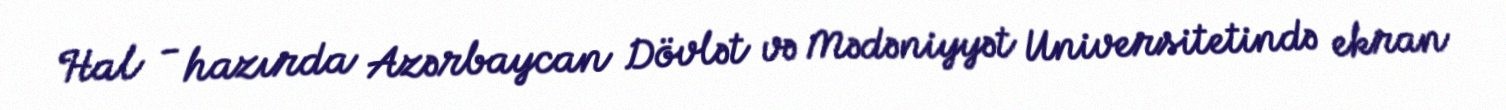
Hal - hazırda Azərbaycan Dövlət və Mədəniyyət Universitetində ekran